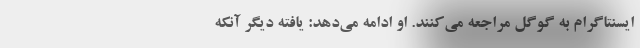
ایسنتاگرام به گوگل مراجعه می‌کنند. او ادامه می‌دهد: یافته دیگر آنکه